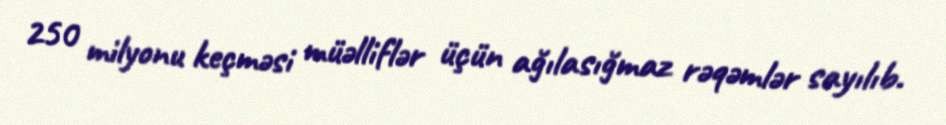
250 milyonu keçməsi müəlliflər üçün ağılasığmaz rəqəmlər sayılıb.